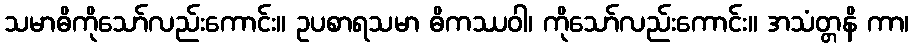
သမာဓိကိုသော်လည်းကောင်း။ ဥပစာရသမာ ဓိကဿဝါ၊ ကိုသော်လည်းကောင်း။ အသံတ္တနိ ကာ၊